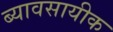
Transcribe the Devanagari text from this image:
ब्यावसायीक